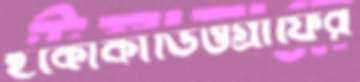
ইকোকার্ডিওগ্রাফির